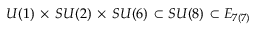
U ( 1 ) \, \times \, S U ( 2 ) \, \times \, S U ( 6 ) \, \subset S U ( 8 ) \, \subset E _ { 7 ( 7 ) }